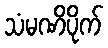
သံမဏိပိုက်